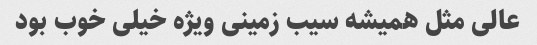
عالی مثل همیشه سیب زمینی ویژه خیلی خوب بود